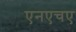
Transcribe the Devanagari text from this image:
एनएचए